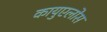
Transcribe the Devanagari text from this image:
कायुएलोस